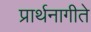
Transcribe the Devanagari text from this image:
प्रार्थनागीते